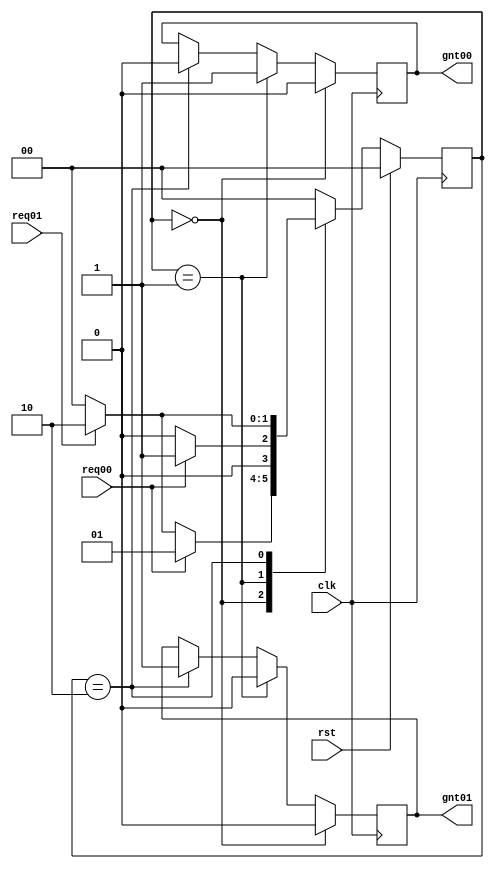
`timescale 1ns / 1ps
//////////////////////////////////////////////////////////////////////////////////
// Company: 
// Engineer: 
// 
// Design Name: 
// Module Name:    arbiter0 
// Project Name: 
// Target Devices: 
// Tool versions: 
// Description: 
//
// Dependencies: 
//
// Revision: 
// Revision 0.01 - File Created
// Additional Comments: 
//
//////////////////////////////////////////////////////////////////////////////////
module arbiter0(gnt01,gnt00,req01,req00,clk,rst);

   output reg gnt01,gnt00;
   input      req01,req00;
   input      clk,rst;

   parameter idle=2'b00;
   //parameter GNT4=5'b10000;
   //parameter GNT3=5'b01000;
   //parameter GNT2=5'b00100;
   parameter GNT1=2'b10;
   parameter GNT0=2'b01;
	
	

   reg [1:0]  state,next_state;

   always @ (posedge clk)
     begin
    if(rst)
      state=idle;
    else
      state=next_state;
     end

   always @ (state,req01,req00)
     begin
    next_state=0;

    case (state)

      idle:begin

         if(req00)
           next_state=GNT0;
         else if(req01)
           next_state=GNT1;
        // else if(req02)
         //  next_state=GNT2;
         else
           next_state=idle;
      end // case: idle

      GNT0:begin

         if(req00)
           next_state=GNT0;
         else
           next_state=idle;
      end

      GNT1:begin
         if(req01)
           next_state=GNT1;
         else
           next_state=idle;
      end

  /*    GNT2:begin
         if(req02)
           next_state=GNT2;
         else
           next_state=idle;
      end 

      GNT3:begin
         if(req03)
           next_state=GNT3;
         else
           next_state=idle;
      end
		
		 GNT4:begin
         if(req04)
           next_state=GNT4;
         else
           next_state=idle;
      end */
		
    endcase // case (state)
     end // always @ (state,req3,req2,req1,req0)

//always @ (state)
always @ (posedge clk)
/*begin
if(rst) begin
gnt04=0;
      gnt03=0;
      gnt02=0;
      gnt01=0;
      gnt00=0;
		end
		else if(clk) */

  begin
     if(state==idle)
       begin
    //gnt04=0;
     // gnt03=0;
     // gnt02=0;
      gnt01=0;
      gnt00=0;
       end
     else if(state==GNT0)
       begin
     // gnt04=0;
	//	gnt03=0;
     // gnt02=0;
      gnt01=0;
      gnt00=1;
		$display("value of grant %d", gnt00);
       end
     else if(state==GNT1)
       begin
      //gnt04=0;
	//	gnt03=0;
      //gnt02=0;
      gnt01=1;
      gnt00=0;
       end
     /* else if(state==GNT2)
       begin
      gnt04=0;
		gnt03=0;
      gnt02=1;
      gnt01=0;
      gnt00=0;
       end
     else if(state==GNT3)
       begin
      gnt04=0;
		gnt03=1;
      gnt02=0;
      gnt01=0;
      gnt00=0;
     end
	  else if(state==GNT4)
       begin
      gnt04=1;
		gnt03=0;
      gnt02=0;
      gnt01=0;
      gnt00=0;
     end */
	  
  end // always @ (state)
//end


endmodule